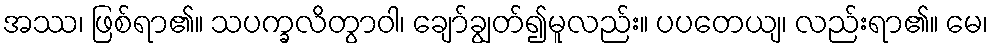
အဿ၊ ဖြစ်ရာ၏။ သပက္ခလိတွာဝါ၊ ချော်ချွတ်၍မူလည်း။ ပပတေယျ၊ လည်းရာ၏။ မေ၊